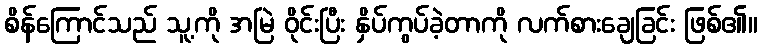
စိန်ကြောင်သည် သူ့ကို အမြဲ ဝိုင်းပြီး နှိပ်ကွပ်ခဲ့တာကို လက်စားချေခြင်း ဖြစ်၏။